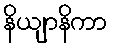
နိယျာနိကာ